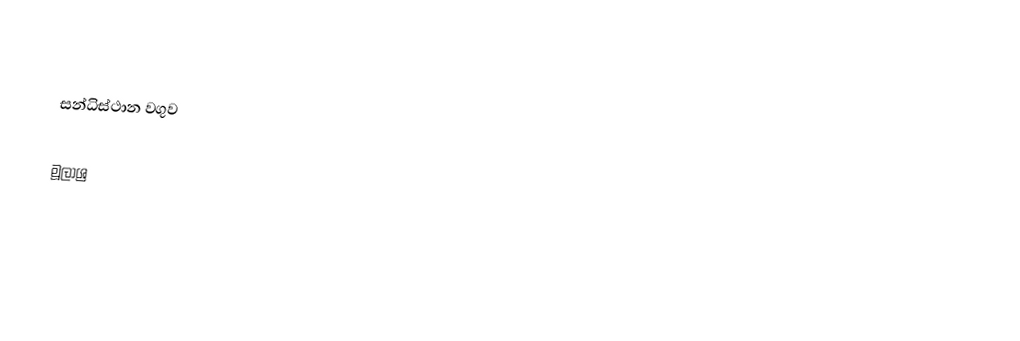

සන්ධිස්ථාන වගුව

මූලාශ්‍ර